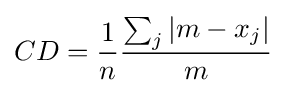
CD={\frac {1}{n}}{\frac {\sum _{j}{|m-x_{j}|}}{m}}